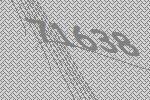
71638